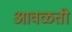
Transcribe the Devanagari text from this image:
आवळती